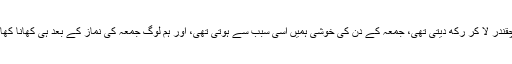
وہ ہم لوگوں کے پاس وہی چقندر لا کر رکھ دیتی تھی، جمعہ کے دن کی خوشی ہمیں اسی سبب سے ہوتی تھی، اور ہم لوگ جمعہ کی نماز کے بعد ہی کھانا کھاتے اور قیلولہ کرتے تھے“۔